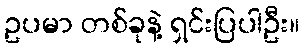
ဥပမာ တစ်ခုနဲ့ ရှင်းပြပါဦး။